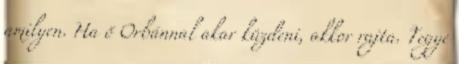
amilyen. Ha ő Orbánnal akar küzdeni, akkor rajta. Tegye